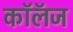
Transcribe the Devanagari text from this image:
कॉलॅज